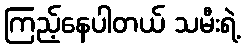
ကြည့်နေပါတယ် သမီးရဲ့